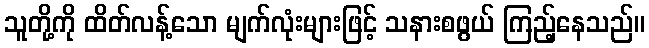
သူတို့ကို ထိတ်လန့်သော မျက်လုံးများဖြင့် သနားစဖွယ် ကြည့်နေသည်။